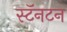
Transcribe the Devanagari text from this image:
स्टॅनटन